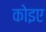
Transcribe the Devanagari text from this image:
कोइए